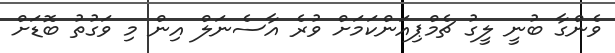
ވެންގާ ބުނީ ލީގު ޗެމްޕިއަންކަމަށް ވުރެ އާސެނަލް އިން މި ވަގުތު ބޮޑަށް